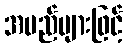
အမည်များဖြင့်